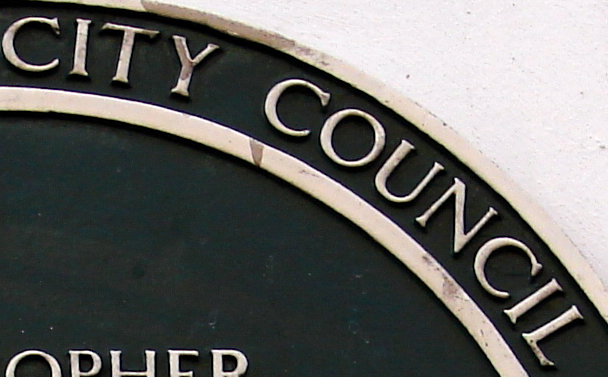
CITY COUNCIL